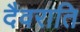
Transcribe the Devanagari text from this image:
दैवराति